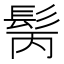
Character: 𩬝